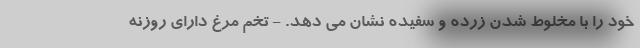
خود را با مخلوط شدن زرده و سفیده نشان می دهد. - تخم مرغ دارای روزنه